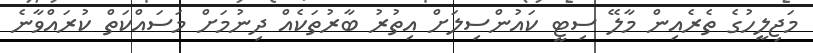
މަޖިލީހުގެ ތެރެއިން މާލޭ ސިޓީ ކައުންސިލަށް އިތުރު ބާރުތަކެއް ދިނުމަށް މަސައްކަތް ކުރައްވާނެ